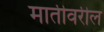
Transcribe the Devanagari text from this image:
मातीवरील